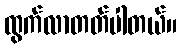
ထွက်လာတတ်ပါတယ်။